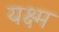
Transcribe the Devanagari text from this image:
यक्ष्म